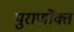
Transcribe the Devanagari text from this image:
पुराणोंक्त